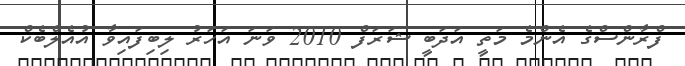
ފްރާންސްގެ އެންމެ މަތީ އަދަބީ ޝަރަފް 2010 ވަނަ އަހަރު ލިބިފައިވާ އުއެލްބެކް